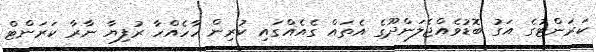
ކަރަންޓުގެ އަގު ބޮޑުވެއްޖެލަންދޫގެ އެތައް ގެއެއްގައި ކުރިން ހާހެއްހާ ރުފިޔާ ނާރާ ކަރަންޓް